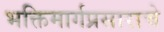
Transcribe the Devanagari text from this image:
भक्तिमार्गप्रसाराचे